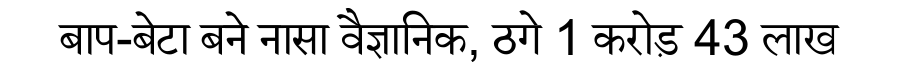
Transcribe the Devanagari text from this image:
बाप-बेटा बने नासा वैज्ञानिक, ठगे 1 करोड़ 43 लाख